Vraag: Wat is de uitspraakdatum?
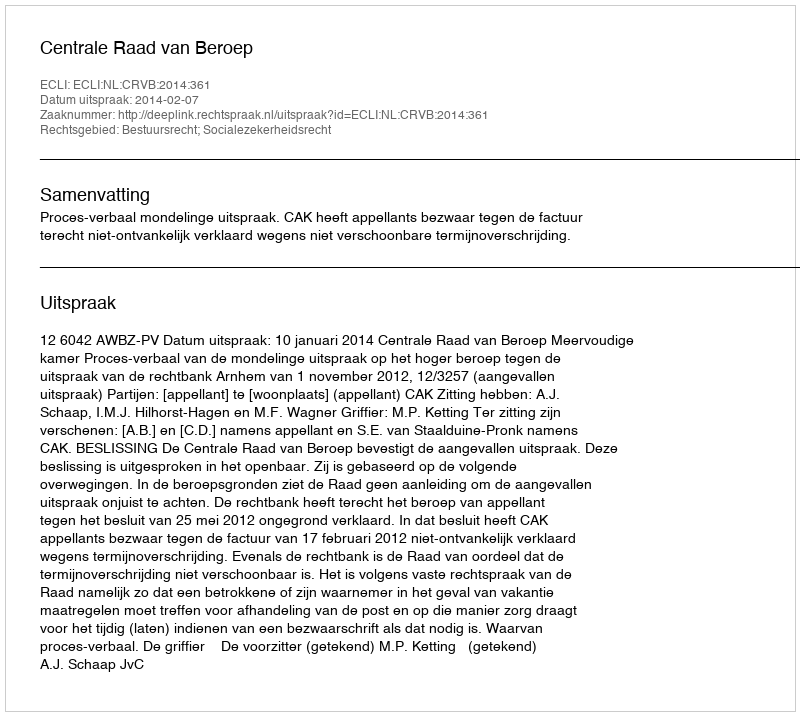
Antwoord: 2014-02-07